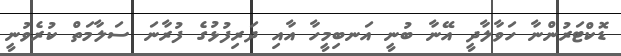
ޑޮކްޓަރުންނާ ހަވާލާދީ އޭނާ ބުނީ އަނބިމީހާ އާއި ދަރިފުޅުގެ ފުރާނަ ސަލާމަތް ކުރެވުނީ